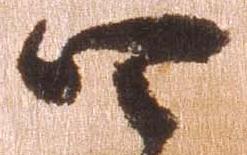
四